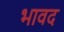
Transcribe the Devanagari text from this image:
भावद